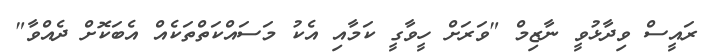
ރައީސް ވިދާޅުވީ ނާޒިމް "ވަރަށް ހީވާގީ ކަމާއި އެކު މަސައްކަތްތަކެއް އެބަކޮށް ދެއްވާ"